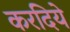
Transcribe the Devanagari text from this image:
करदिये